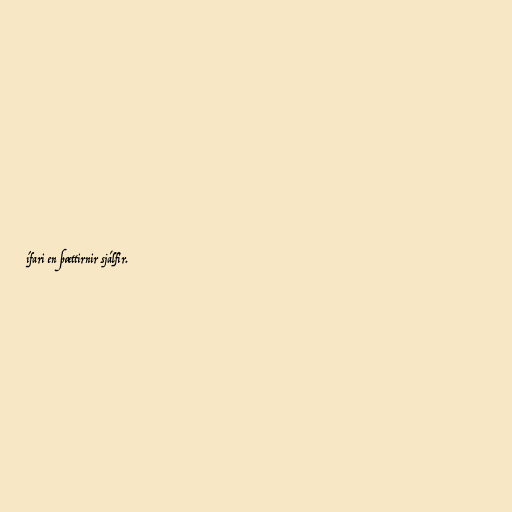
ífari en þættirnir sjálfir.